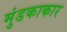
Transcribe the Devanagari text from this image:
मुंडकाकार